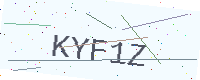
Text: KYF1Z